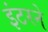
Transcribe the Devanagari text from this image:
इंटरने